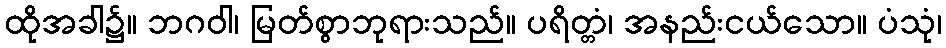
ထိုအခါ၌။ ဘဂဝါ၊ မြတ်စွာဘုရားသည်။ ပရိတ္တံ၊ အနည်းငယ်သော။ ပံသုံ၊